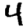
Digit: 4